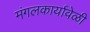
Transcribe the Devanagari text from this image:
मंगलकार्यावेळी